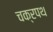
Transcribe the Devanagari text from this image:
चक्रपथ